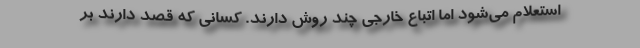
استعلام می‌شود اما اتباع خارجی چند روش دارند. کسانی که قصد دارند بر